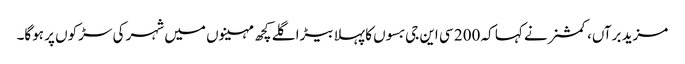
مزید برآں، کمشنر نے کہا کہ 200 سی این جی بسوں کا پہلا بیڑا گلے کچھ مہینوں میں شہر کی سڑکوں پر ہوگا۔